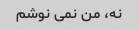
نه، من نمی نوشم